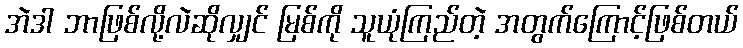
အဲဒါ ဘာဖြစ်လို့လဲဆိုလျှင် မြစ်ကို သူယုံကြည်တဲ့ အတွက်ကြောင့်ဖြစ်တယ်